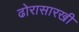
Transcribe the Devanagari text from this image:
ढोरासारखी